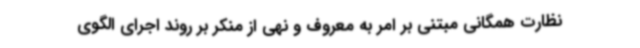
نظارت همگانی مبتنی بر امر به معروف و نهی از منکر بر روند اجرای الگوی